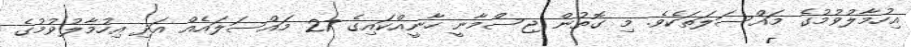
އިހުމާލުވުމުގެ މައްސަލަތަކެވެ. މި ގޮތުން ޖިސްމާނީ ހާނީއްކައިގެ 27 މައްސަލައެއް އަދި އިހުމާލުވުމުގެ